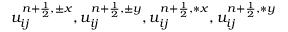
u _ { i j } ^ { { n + \frac { 1 } { 2 } } , \pm x } , u _ { i j } ^ { { n + \frac { 1 } { 2 } } , \pm y } , u _ { i j } ^ { { n + \frac { 1 } { 2 } } , \ast x } , u _ { i j } ^ { { n + \frac { 1 } { 2 } } , \ast y }